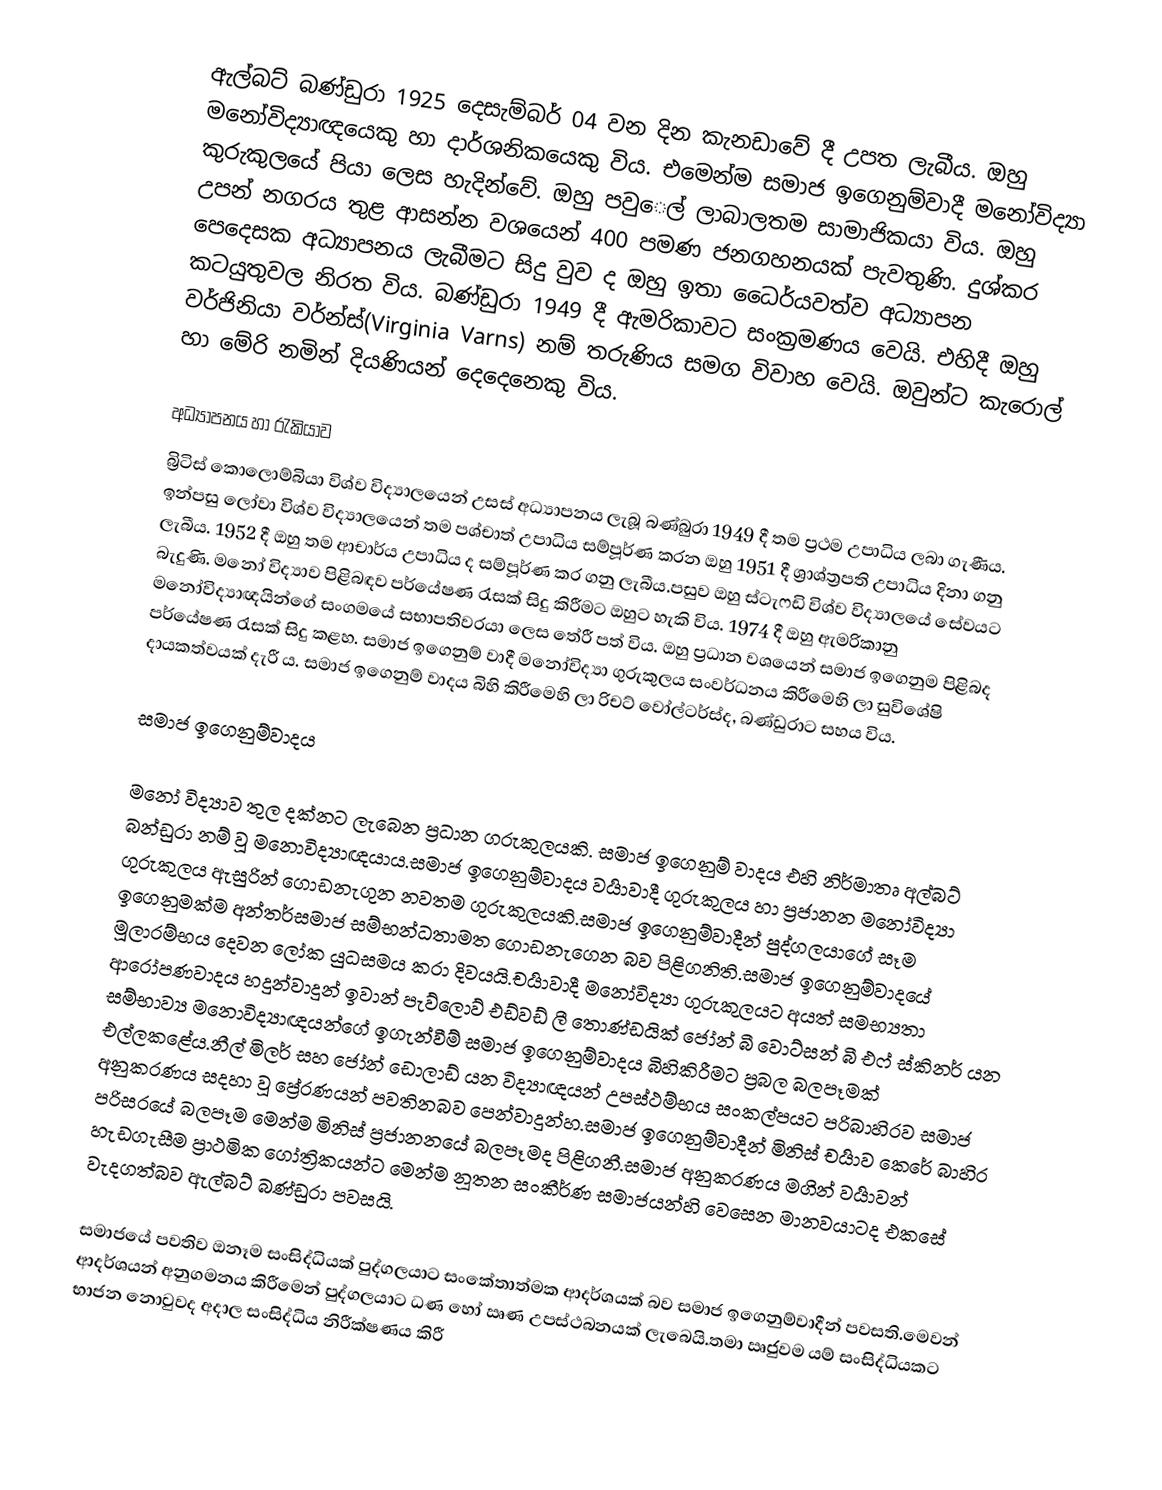
ඇල්බට් බණ්ඩුරා 1925 දෙසැම්බර් 04 වන දින කැනඩාවේ දී උපත ලැබීය. ඔහු මනෝවිද්‍යාඥයෙකු හා දාර්ශනිකයෙකු විය. එමෙන්ම සමාජ ඉගෙනුම්වාදී මනෝවිද්‍යා කුරුකුලයේ පියා ලෙස හැදින්වේ. ඔහු පවුෙල් ලාබාලතම සාමාජිකයා විය. ඔහු උපන් නගරය තුළ ආසන්න වශයෙන් 400 පමණ ජනගහනයක් පැවතුණි. දුශ්කර පෙදෙසක අධ්‍යාපනය ලැබීමට සිදු වුව ද ඔහු ඉතා ධෛර්යවත්ව අධ්‍යාපන කටයුතුවල නිරත විය. බණ්ඩුරා 1949 දී ඇමරිකාවට සංක්‍රමණය වෙයි. එහිදී ඔහු වර්ජිනියා වර්න්ස්(Virginia Varns) නම් තරුණිය සමග විවාහ වෙයි. ඔවුන්ට කැරොල් හා මේරි නමින් දියණියන් දෙදෙනෙකු විය.

අධ්‍යාපනය හා රැකියාව
බ්‍රිටිස් කොලොම්බියා විශ්ව විද්‍යාලයෙන් උසස් අධ්‍යාපනය ලැබූ බණ්බුරා 1949 දී තම ප්‍රථම උපාධිය ලබා ගැණීය. ඉන්පසු ලෝවා විශ්ව විද්‍යාලයෙන් තම පශ්චාත් උපාධිය සම්පූර්ණ කරන ඔහු 1951 දී ශ්‍රාශ්ත්‍රපති උපාධිය දිනා ගනු ලැබීය. 1952 දී ඔහු තම ආචාර්ය උපාධිය ද සම්පූර්ණ කර ගනු ලැබීය.පසුව ඔහු ස්ටැෆඩි විශ්ව විද්‍යාලයේ සේවයට බැදුණි. මනෝ විද්‍යාව පිළිබඳව පර්යේෂණ රැසක් සිදු කිරීමට ඔහුට හැකි විය. 1974 දී ඔහු ඇමරිකානු මනෝවිද්‍යාඥයින්ගේ සංගමයේ සභාපතිවරයා ලෙස තේරී පත් විය. ඔහු ප්‍රධාන වශයෙන් සමාජ ඉගෙනුම පිළිබද පර්යේෂණ රැසක් සිදු කළහ. සමාජ ඉගෙනුම් වාදී මනෝවිද්‍යා ගුරුකුලය සංවර්ධනය කිරීමෙහි ලා සුවිශේෂි දායකත්වයක් දැරී ය. සමාජ ඉගෙනුම් වාදය බිහි කිරීමෙහි ලා රිචට් වෝල්ටර්ස්ද, බණ්ඩුරාට සහය විය.

සමාජ ඉගෙනුම්වාදය

මනෝ විද්‍යාව තුල දක්නට ලැබෙන ප්‍රධාන ගරුකුලයකි. සමාජ ඉගෙනුම් වාදය එහි නිර්මාතෘ අල්බට් බන්ඩුරා නම් වූ මනොවිද්‍යාඥයාය.සමාජ ඉගෙනුම්වාදය වර්‍යාවාදී ගුරුකුලය හා ප්‍රජානන මනෝවිද්‍යා ගුරුකුලය ඇසුරින් ගොඩනැගුන නවතම ගුරුකුලයකි.සමාජ ඉගෙනුම්වාදීන් පුද්ගලයාගේ සෑම ඉගෙනුමක්ම අන්තර්සමාජ සම්භන්ධතාමත ගොඩනැගෙන බව පිළිගනිති.සමාජ ඉගෙනුම්වාදයේ මූලාරම්භය දෙවන ලෝක යුධසමය කරා දිවයයි.චර්‍යාවාදී මනෝවිද්‍යා ගුරුකුලයට අයත් සමභ්‍යතා ආරෝපණවාදය හදුන්වාදුන් ඉවාන් පැව්ලොව් එඩ්වඩ් ලී තොණ්ඩයික් ජෝන් බී වොට්සන් බී එෆ් ස්කිනර් යන සම්භාව්‍ය මනොවිද්‍යාඥයන්ගේ ඉගැන්වීම් සමාජ ඉගෙනුම්වාදය බිහිකිරීමට ප්‍රබල බලපෑමක් එල්ලකළේය.නීල් මිලර් සහ ජෝන් ඩොලාඩ් යන විද්‍යාඥයන් උපස්ථම්භය සංකල්පයට පරිබාහිරව සමාජ අනුකරණය සදහා වූ ප්‍රේරණයන් පවතිනබව පෙන්වාදුන්හ.සමාජ ඉගෙනුම්වාදීන් මිනිස් චර්‍යාව කෙරේ බාහිර පරිසරයේ බලපෑම මෙන්ම මිනිස් ප්‍රජානනයේ බලපෑමද පිළිගනී.සමාජ අනුකරණය මගින් වර්‍යාවන් හැඩගැසීම ප්‍රාථමික ගෝත්‍රිකයන්ට මෙන්ම නූතන සංකීර්ණ සමාජයන්හි වෙසෙන මානවයාටද එකසේ වැදගත්බව ඇල්බට් බණ්ඩුරා පවසයි.

සමාජයේ පවතිව ඔනෑම සංසිද්ධියක් පුද්ගලයාට සංකේතාත්මක ආදර්ශයක් බව සමාජ ඉගෙනුම්වාදීන් පවසති.මෙවන් ආදර්ශයන් අනුගමනය කිරීමෙන් පුද්ගලයාට ධණ හෝ ඍණ උපස්ථබනයක් ලැබෙයි.තමා ඍජුවම යම් සංසිද්ධියකට භාජන නොවුවද අදාල සංසිද්ධිය නිරීක්ෂණය කිරී